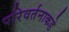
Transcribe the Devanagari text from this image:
परिवर्तनाकडे